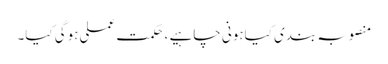
منصوبہ بندی کیاہونی چاہیے ،حکمت عملی ہوگی کیا۔